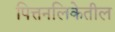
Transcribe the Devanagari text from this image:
पित्तनलिकेतील